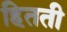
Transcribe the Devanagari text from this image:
हितती